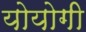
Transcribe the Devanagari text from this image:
योयोगी